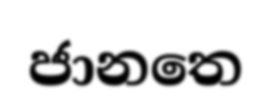
ජානතෙ